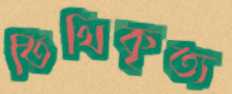
তিথিকৃত্য